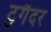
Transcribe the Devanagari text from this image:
टुगैदर